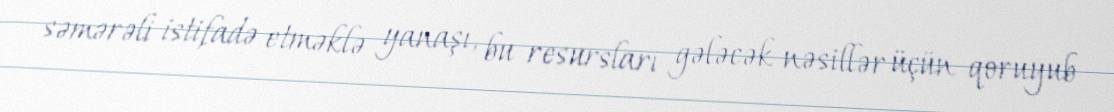
səmərəli istifadə etməklə yanaşı, bu resursları gələcək nəsillər üçün qoruyub